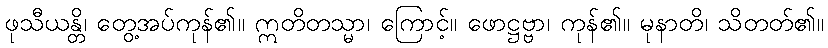
ဖုသီယန္တိ၊ တွေ့အပ်ကုန်၏။ ဣတိတသ္မာ၊ ကြောင့်။ ဖောဋ္ဌဗ္ဗာ၊ ကုန်၏။ မုနာတိ၊ သိတတ်၏။